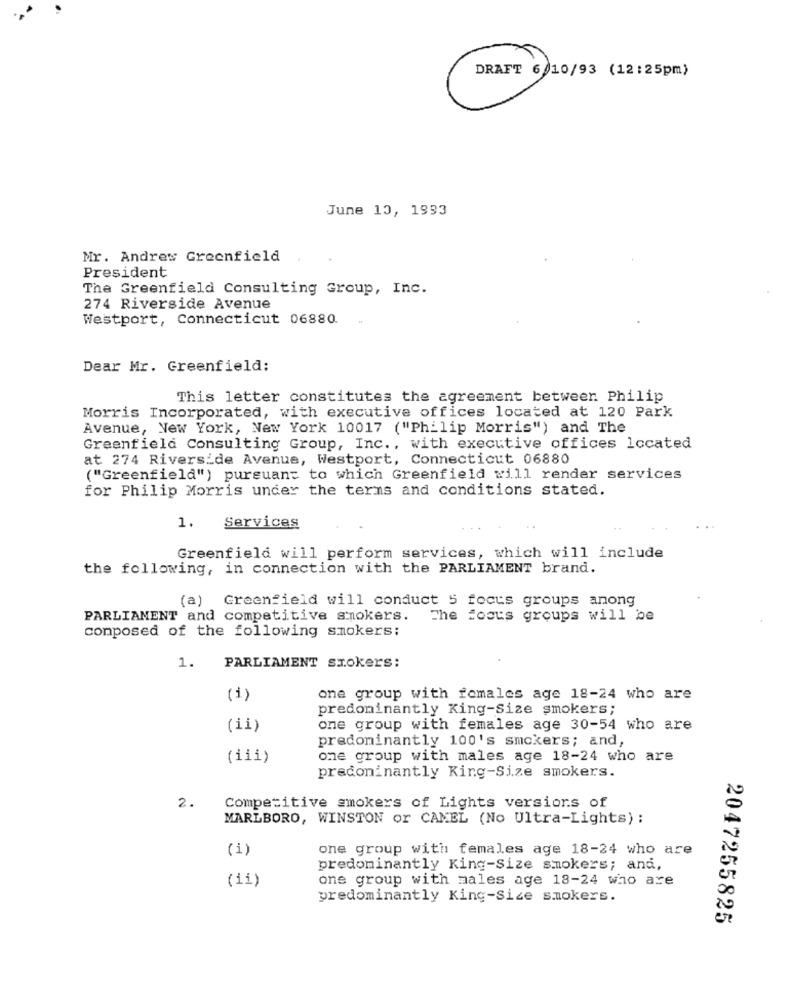
DRAFT 6/10/93 (12:25pm)
June 10, 1933
Mr. Andrew Greenfield
President
The Greenfield Consulting Group, Inc.
274 Riverside Avenue
Westport, Connecticut 06880
w
Dear Mr. Greenfield:
This letter constitutes the agreement between. Philip
Morris Incorporated, with executive offices located at 120 Park
Avenue, New York, New York 10017 ("Philip Morris") and The
Greenfield Consulting Group, Inc. , with executive offices located
at 274 Riverside Avenue, Westport, Connecticut 06880
("Greenfield") pursuant to which Greenfield will render services
for Philip Morris under the terms and conditions stated.
1.
Services
Greenfield will perform services, which will include
the following, in connection with the PARLIAMENT brand.
(a) Greenfield will conduct 5 focus groups anong
PARLIAMENT and competitive smokers.
The focus groups will be
composed of the following smokers:
1.
PARLIAMENT smokers:
(1
one group with fomales age 18-24 who are
predominantly King-Size smokers;
(ii)
one group with females age 30-54 who are
predominantly 100's smokers; and,
(iii)
one group with males age 18-24 who are
praconinantly King-Size smokers.
2.
Competitive smokers of Lights versions of
MARLBORO, WINSTON or CAMEL (No Ultra-Lights) :
(i)
one group with females age 18-24 who are
predominantly King-size smokers; and,
(ii)
one group with males age 18-24 who are
predominantly King-size smokers.
2047255825